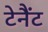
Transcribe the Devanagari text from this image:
टेनैंट